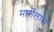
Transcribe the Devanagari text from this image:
मार्सेलास